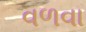
વળવા